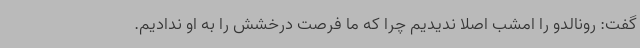
گفت: رونالدو را امشب اصلا ندیدیم چرا که ما فرصت درخشش را به او ندادیم.